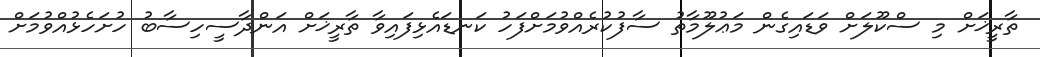
ތާރީޚަށް މި ސްކޫލަށް ވަޑައިގެން މަޢުލޫމާތު ސާފުކުރެއްވުމަށްފަހު ކަނޑައެޅިފައިވާ ތާރީޚަށް އަންދާސީހިސާބު ހުށަހެޅުއްވުމަށް